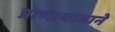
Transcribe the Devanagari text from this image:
प्राणायामाने